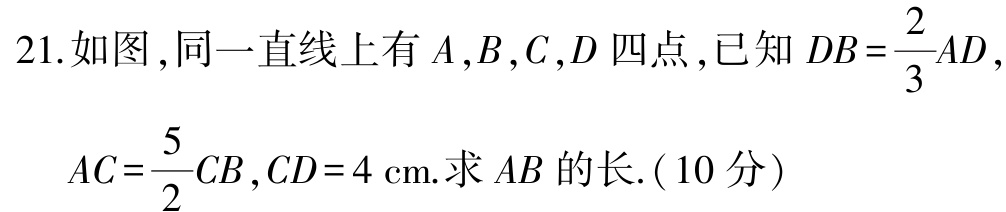
21.如图，同一直线上有\(A,B,C,D\)四点，已知\(DB = \dfrac{2}{3}AD\)，

\(AC = \dfrac{5}{2}CB\)，\(CD = 4\mathrm{cm}\).求\(AB\)的长.（10分）